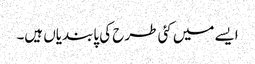
ایسے میں کئی طرح کی پابندیاں ہیں۔